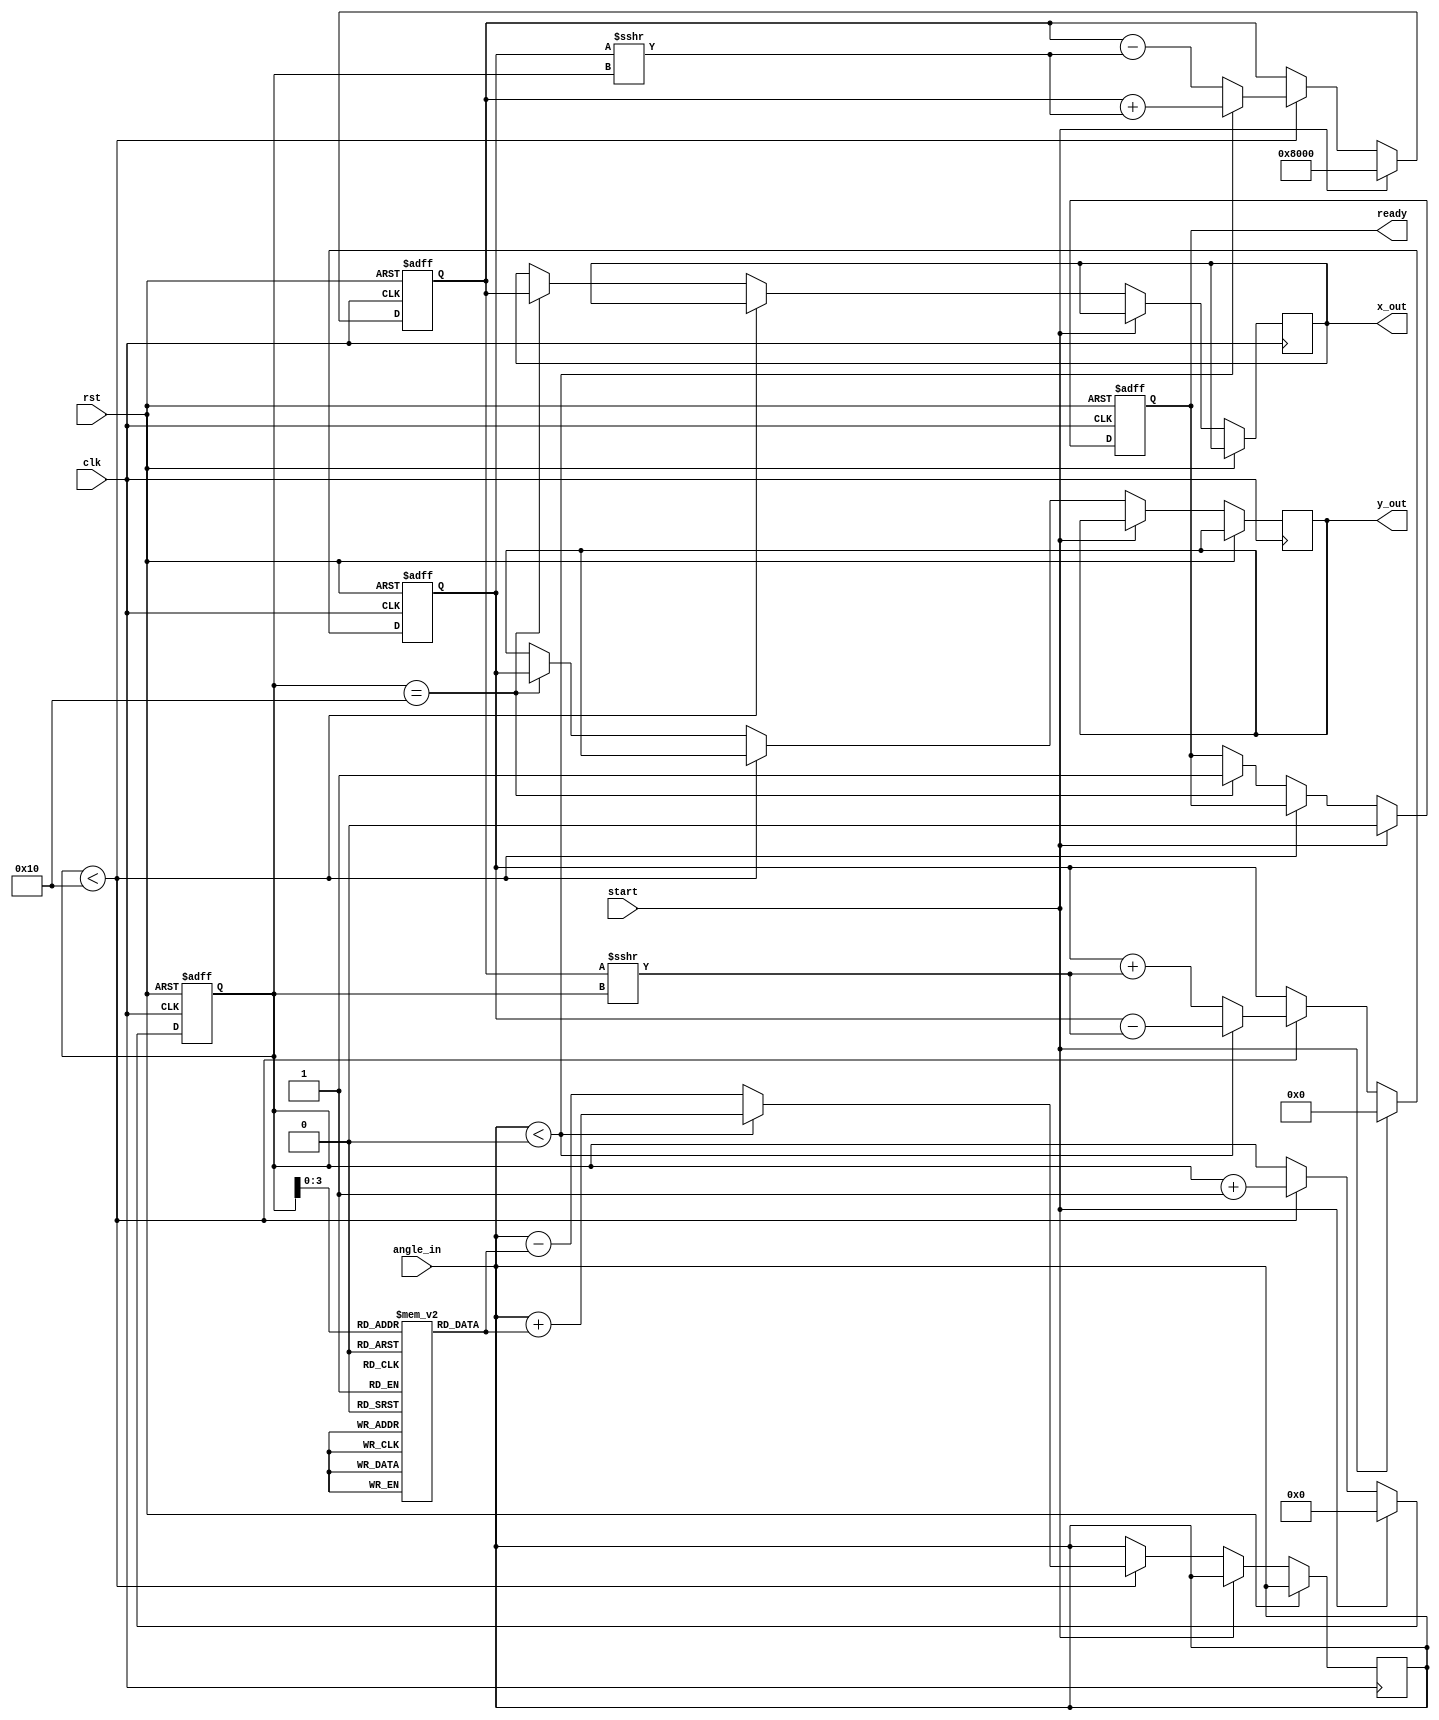
module FixedPointCORDIC #(
    parameter N = 16,                   // Number of iterations
    parameter DATA_WIDTH = 16,          // Width of fixed-point data
    parameter ANGLE_WIDTH = 12           // Width for angle input
)(
    input  wire clk,                     // Clock signal
    input  wire rst,                     // Reset signal
    input  wire [ANGLE_WIDTH-1:0] angle_in, // Input angle (fixed-point)
    input  wire start,                   // Start signal for computation
    output reg [DATA_WIDTH-1:0] x_out,  // Output x coordinate
    output reg [DATA_WIDTH-1:0] y_out,  // Output y coordinate
    output reg ready                     // Ready signal
);

    // CORDIC parameters
    reg signed [DATA_WIDTH-1:0] x, y;
    reg signed [ANGLE_WIDTH-1:0] angle[N-1:0];
    reg [4:0] iteration_count;            // Holds the current iteration index
    reg [ANGLE_WIDTH-1:0] angle_lookup[N-1:0]; // Lookup table for atan(2^-i)

    initial begin
        // Initialize lookup table with atan(2^-i) values (scaled)
        angle_lookup[0] = 12'd1024; // atan(1) in fixed-point
        angle_lookup[1] = 12'd515;  // atan(0.5)
        angle_lookup[2] = 12'd262;  // atan(0.25)
        // Continue initializing the rest of the look-up table...
        // ...
        angle_lookup[N-1] = 0;      // Last element
    end

    localparam FIXED_POINT_SCALE = 1 << (DATA_WIDTH - 1); // Scaling factor for fixed-point representation

    always @(posedge clk or posedge rst) begin
        if (rst) begin
            x <= 0;
            y <= 0;
            iteration_count <= 0;
            ready <= 0;
        end else if (start) begin
            // Initialization
            x <= FIXED_POINT_SCALE; // x = 1.0 in fixed-point
            y <= 0;                 // y = 0.0
            iteration_count <= 0;
            ready <= 0;
        end else if (iteration_count < N) begin
            // CORDIC Iteration
            if (angle_in < 0) begin
                // Rotate in the negative direction
                x <= x + (y >>> iteration_count);
                y <= y - (x >>> iteration_count);
                angle_in <= angle_in + angle_lookup[iteration_count];
            end else begin
                // Rotate in the positive direction
                x <= x - (y >>> iteration_count);
                y <= y + (x >>> iteration_count);
                angle_in <= angle_in - angle_lookup[iteration_count];
            end
            iteration_count <= iteration_count + 1;
        end else if (iteration_count == N) begin
            // Final output and ready signal
            x_out <= x;
            y_out <= y;
            ready <= 1;
        end
    end

endmodule